system: You are a helpful assistant.
user:
Analyze the provided spectrum to determine if it is a **"Cataclysmic Variables (CV)"**.

- **Key Indicators for CV (Check for either state):**
    - **State 1: Quiescent / Low-State (Emission-Dominated)**
        - **(Primary):** Strong and *very broad* Hydrogen Balmer emission lines (e.g., $H\alpha$ at 6563 Å, $H\beta$ at 4861 Å). The 'broadness' (high velocity dispersion, often FWHM > 1000 km/s) is the key diagnostic, indicating a high-velocity accretion disk.
        - **(Secondary):** Broad neutral Helium (He I) emission lines (e.g., 5876 Å, 6678 Å).
        - **(Key Confirmation):** Presence of high-excitation *ionized* Helium (He II) emission at 4686 Å. This is a strong indicator of accretion onto a white dwarf.
        - **(Line Profile):** Emission lines may exhibit a 'double-peaked' profile, which is a classic signature of a rotating accretion disk viewed at high inclination.

    - **State 2: Outburst / High-State (Absorption-Dominated)**
        - **(Primary):** Spectrum is dominated by a bright, blue continuum (looks like a hot star).
        - **(Secondary):** The emission lines from State 1 are weak, absent, or 'filled in', and are replaced by broad, shallow *absorption* lines (primarily Balmer and He I).
        - **(Morphology):** The overall spectrum mimics a hot B/A-type star. The crucial difference is that the absorption lines are significantly broader, shallower, and more 'washed-out' (or 'smeared') than the sharp lines of a normal stellar photosphere, due to high rotational speeds and pressure broadening in the disk.

Think first, call **spectral_visualization_tool** if needed to examine features in detail, then provide your final answer. Your response must adhere to the following strict rules:
1.  **Overall Structure:** Your response must follow the format `<think>...</think> <tool_call>...</tool_call> (if a tool is used) <answer>...</answer>`.
2.  **Tool Usage Constraint:** You may only make **one** tool call per turn.
3.  **Final Answer Format:** In the `<answer>` tag, your conclusion must be inside a `\boxed{}` command (e.g., `\boxed{YES}`), followed by your justification.

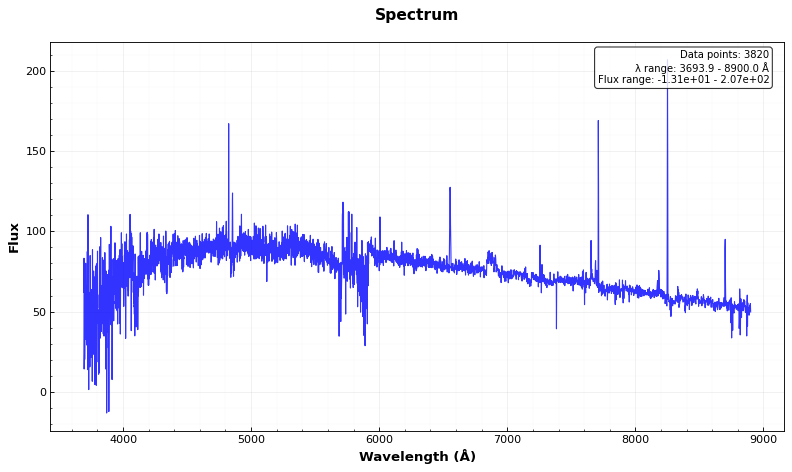
Answer: YES